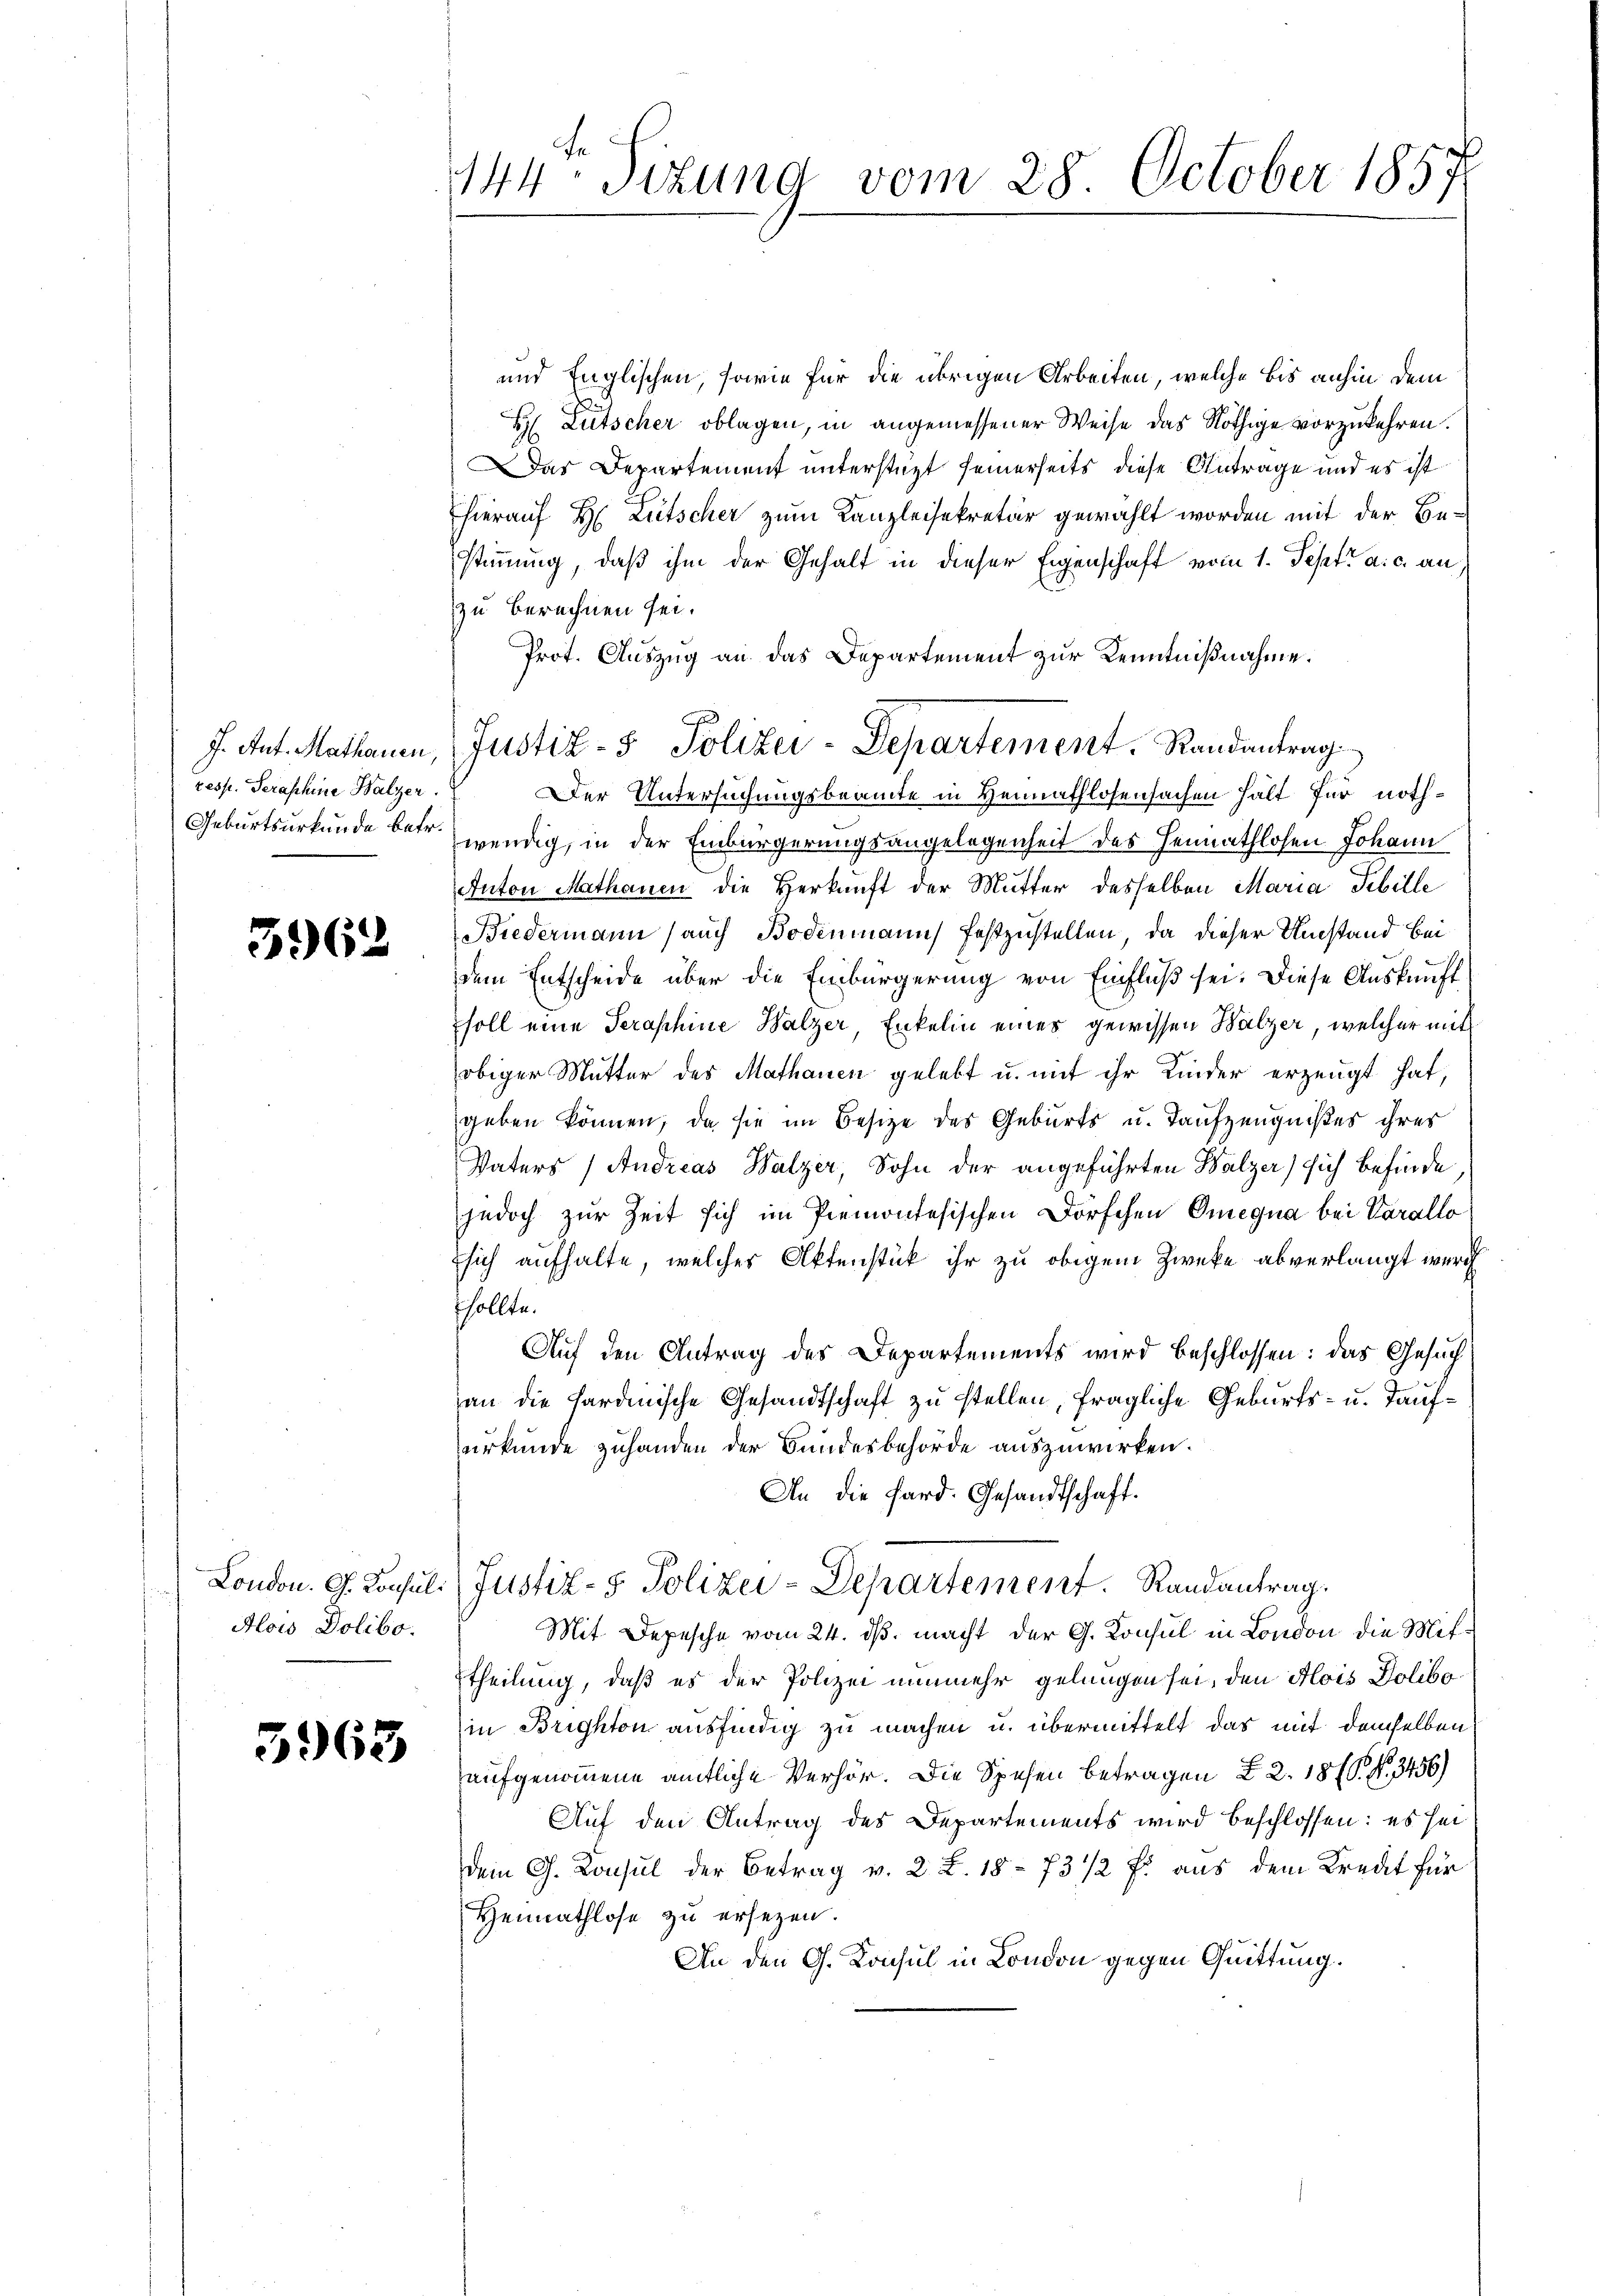
J. Ant. Mathauen,
resp. Serashine Balzer
Geburtsurkunde betr.

3962

London. G. Konsul¬
Alois Polibo.

5963

144 Sizung vom 28. October 1857

und Englischen, sowie für die übrigen Arbeiten, welche bis anhin dem
H Lutscher oblagen, in angemessener Weise das Nöthige vorzukehren.
Das Departement unterstüzt seinerseits diese Antrage und es ist
hierauf H. Litscher zum Kanzleisekretär gewählt worden mit der Bestimmung, daß ihm der Gehalt in dieser Eigenschaft vom 1. Sept. a. c. an
zu berechnen sei.
Prot. Auszug an das Departement zur Kenntnißnahme.
Der Untersuchungsbeamte in Hennathlosensachen hält für nothwendig, in der Einbürgerungsangelegenheit des Heimathlosen Johann
Anton Mathanen die Herkunft der Mutter desselben Maria Sibille
Biedermann (auch Bodenmann festzustellen, da dieser Umstand bei
dem Entscheide über die Einbürgerung von Einfluß sei. Diese Auskunft
Esoll eine Seraschine Walzer Enkelin eines gewissen Walzer, welcher mit
obiger Mutter des Mathanen gelebt u. mit ihr Kinder erzeugt hat,
geben können; da sie im Besize des Geburts u. Taufzeugnißes ihres
Vaters (Andreas Walzer, Sohn der angeführten Walzer) sich befinde
jedoch zur Zeit sich im Premontesischen Dorfchen Omegna bei Varallo
sich aufhalte, welches Aktenstück ihr zu obigem Zwecke abverlangt wurd
sollte.
Auf den Antrag des Departements wird beschlossen: das Gesuch
jan die hardinische Gesandtschaft zu stellen, fragliche Geburts- u. Taufurkunde zuhanden der Bundesbehörde auszuwirken.
An die Sard. Gesandtschaft.
Justiz- & Polizei-Departement. Randantrag.
Mit Depesche vom 24. ds. macht der G. Konsul in London die Mittheilung, daß es der Polizei nunmehr gelangen sei, den Alois Doliboin Brighton ausfindig zu machen u. übermittelt das mit demselben
aufgenommene amtliche Verhör. Die Spesen Betragen § 2. 1816. No. 3456)
Auf den Antrag des Departements wird beschlossen: es sei
dem G. Konsul der Betrag v. 2. X. 1873 1/2 f: aus dem Kredit für
Heimathlose zu ersezen.
An den G. Konsul in London gegen Quittung.

Justiz- & Polizei-Departement. Randantrag